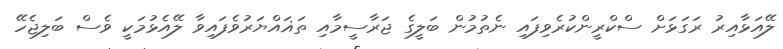
ލޭއަޅާއިރު ރަގަޅަށް ސްކްރީންކުރެވިފައި ނެތުމުން ބަލީގެ ޖަރާސީމާއި ތަޣައްޔަރުވެފައިވާ ލޭއެޅުމަކީ ވެސް ބަލިޖެހޭ